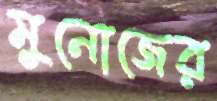
মুনোজের